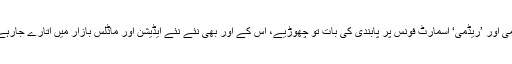
شائومی اور ’ریڈمی‘ اسمارٹ فونس پر پابندی کی بات تو چھوڑیے، اس کے اور بھی نئے نئے ایڈیشن اور ماڈلس بازار میں اتارے جارہے ہیں۔